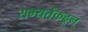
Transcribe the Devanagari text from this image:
सभ्यतेंकढून